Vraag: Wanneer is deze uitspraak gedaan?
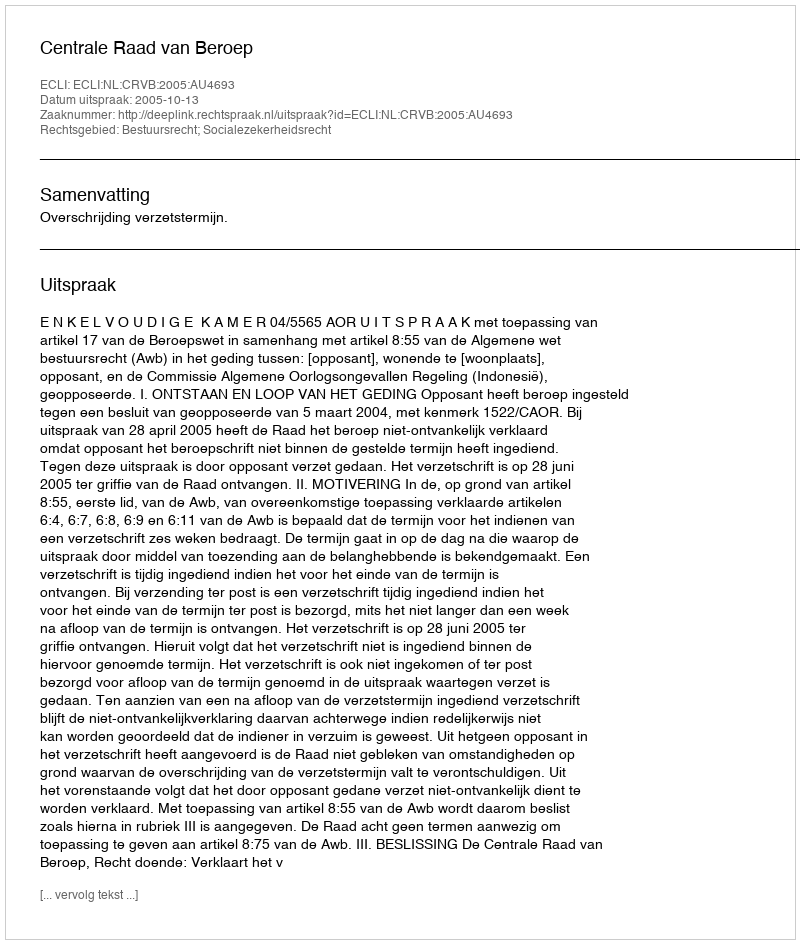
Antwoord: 2005-10-13